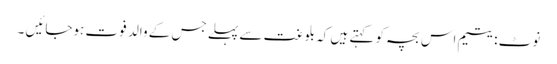
نوٹ :یتیم اس بچہ کو کہتے ہیں کہ بلوغت سے پہلے جس کے والد فوت ہوجائیں ۔